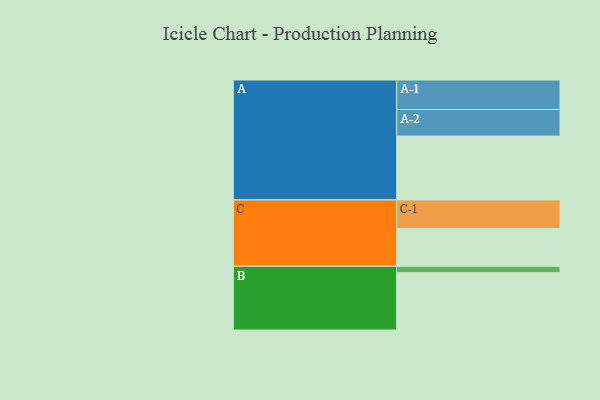
{"axis": {"x": "Segment", "y": "Value"}, "legend": ["", "A", "B", "C"], "data": [{"x": "A", "y": 554, "type": ""}, {"x": "B", "y": 498, "type": ""}, {"x": "C", "y": 328, "type": ""}, {"x": "A-1", "y": 256, "type": "A"}, {"x": "A-2", "y": 231, "type": "A"}, {"x": "B-1", "y": 55, "type": "B"}, {"x": "C-1", "y": 248, "type": "C"}]}